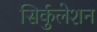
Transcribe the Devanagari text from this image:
सिर्कुलेशन